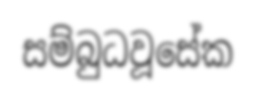
සම්බුධවූසේක